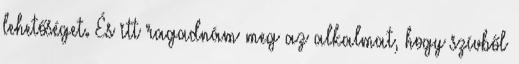
lehetőséget. És itt ragadnám meg az alkalmat, hogy szívből